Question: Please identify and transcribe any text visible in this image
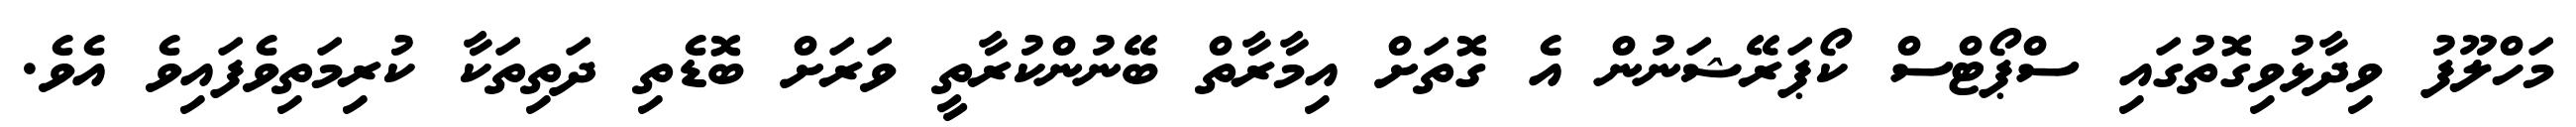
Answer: މަހްލޫފު ވިދާޅުވިގޮތުގައި ސްޕޯޓްސް ކޯޕަރޭޝަނުން އެ ގޮތަށް އިމާރާތް ބޭނުންކުރާތީ ވަރަށް ބޮޑެތި ދަތިތަކާ ކުރިމަތިވެފައިވެ އެވެ.